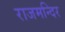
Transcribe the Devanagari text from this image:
राजमन्दिर